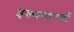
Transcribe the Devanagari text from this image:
इक्यावनवाँ